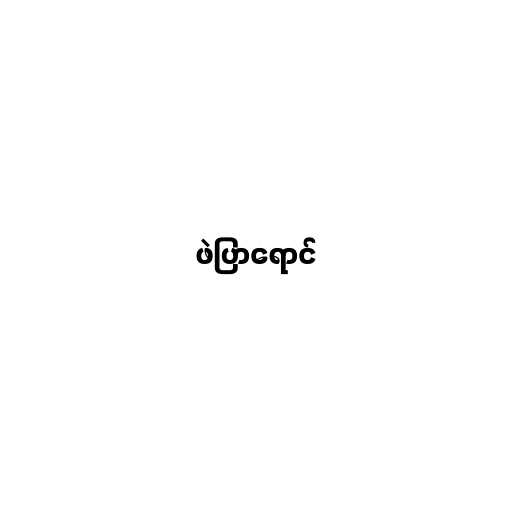
ဖဲပြာရောင်